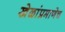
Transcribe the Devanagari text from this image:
खेळांप्रमाणेच